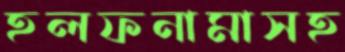
হলফনামাসহ